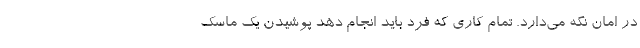
در امان نگه می‌دارد. تمام کاری که فرد باید انجام دهد پوشیدن یک ماسک